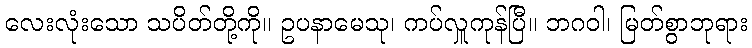
လေးလုံးသော သပိတ်တို့ကို။ ဥပနာမေသု၊ ကပ်လှူကုန်ပြီ။ ဘဂဝါ၊ မြတ်စွာဘုရား